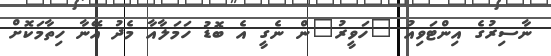
ނާސިރުގެ އިންޓަވިއު "ހަވީރު"ން ނެގީ އެ ބޮޑު ހަމަލާއާ މެދު އޭނާ ހިތާމަކޮށް